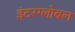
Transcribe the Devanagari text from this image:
इंटरग्लोबल